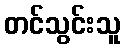
တင်သွင်းသူ